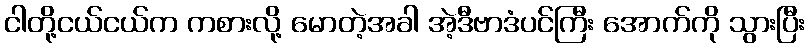
ငါတို့ငယ်ငယ်က ကစားလို့ မောတဲ့အခါ အဲ့ဒီဗာဒံပင်ကြီး အောက်ကို သွားပြီး